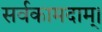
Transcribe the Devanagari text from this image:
सर्वकामदाम्‌।